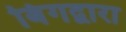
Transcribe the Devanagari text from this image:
बिंगद्वारा